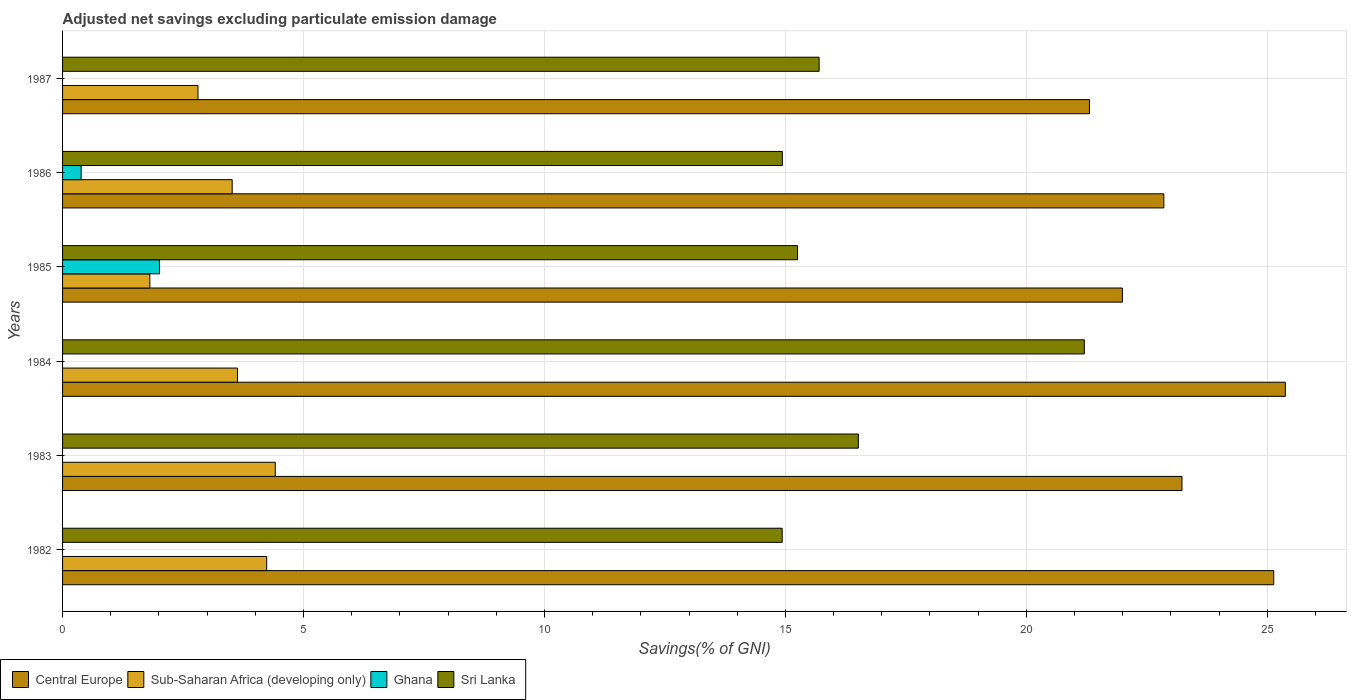
| Years | Central Europe | Sub-Saharan Africa (developing only) | Ghana | Sri Lanka |
 | --- | --- | --- | --- | --- |
 | 1982 | 25.1 | 4.24 | -2.71 | 14.9 |
 | 1983 | 23.2 | 4.41 | -2.46 | 16.5 |
 | 1984 | 25.4 | 3.63 | -0.844 | 21.2 |
 | 1985 | 22 | 1.81 | 2.01 | 15.3 |
 | 1986 | 22.9 | 3.52 | 0.386 | 14.9 |
 | 1987 | 21.3 | 2.81 | -0.533 | 15.7 |